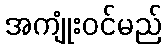
အကျုံးဝင်မည်